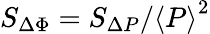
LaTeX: S_{\Delta\Phi}=S_{\Delta P}/\left<P\right>^{2}